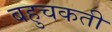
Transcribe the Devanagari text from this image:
बहुचकती